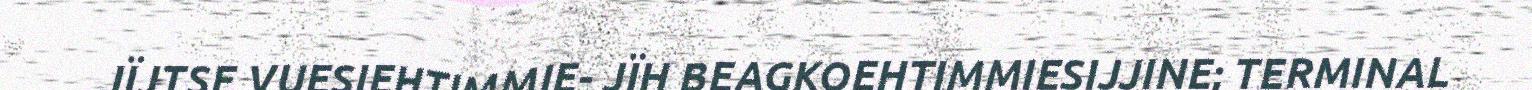
JÏJTSE VUESIEHTIMMIE- JÏH BEAGKOEHTIMMIESIJJINE; TERMINAL